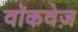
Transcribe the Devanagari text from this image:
वॉकवेज़